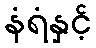
နံရံနှင့်